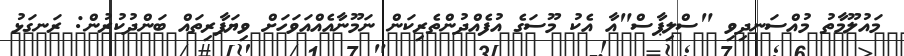
މައުލޫމާތު މުއްސަނދިވި "ސްލިޕާސް"އާ އެކު މޫސަގެ އުފެއްދުންތެރިކަން ނަމޫނާއެއްއަވަހަށް ވިޔަފާރިތައް ބަންދުކުރުން: ރަނގަޅު